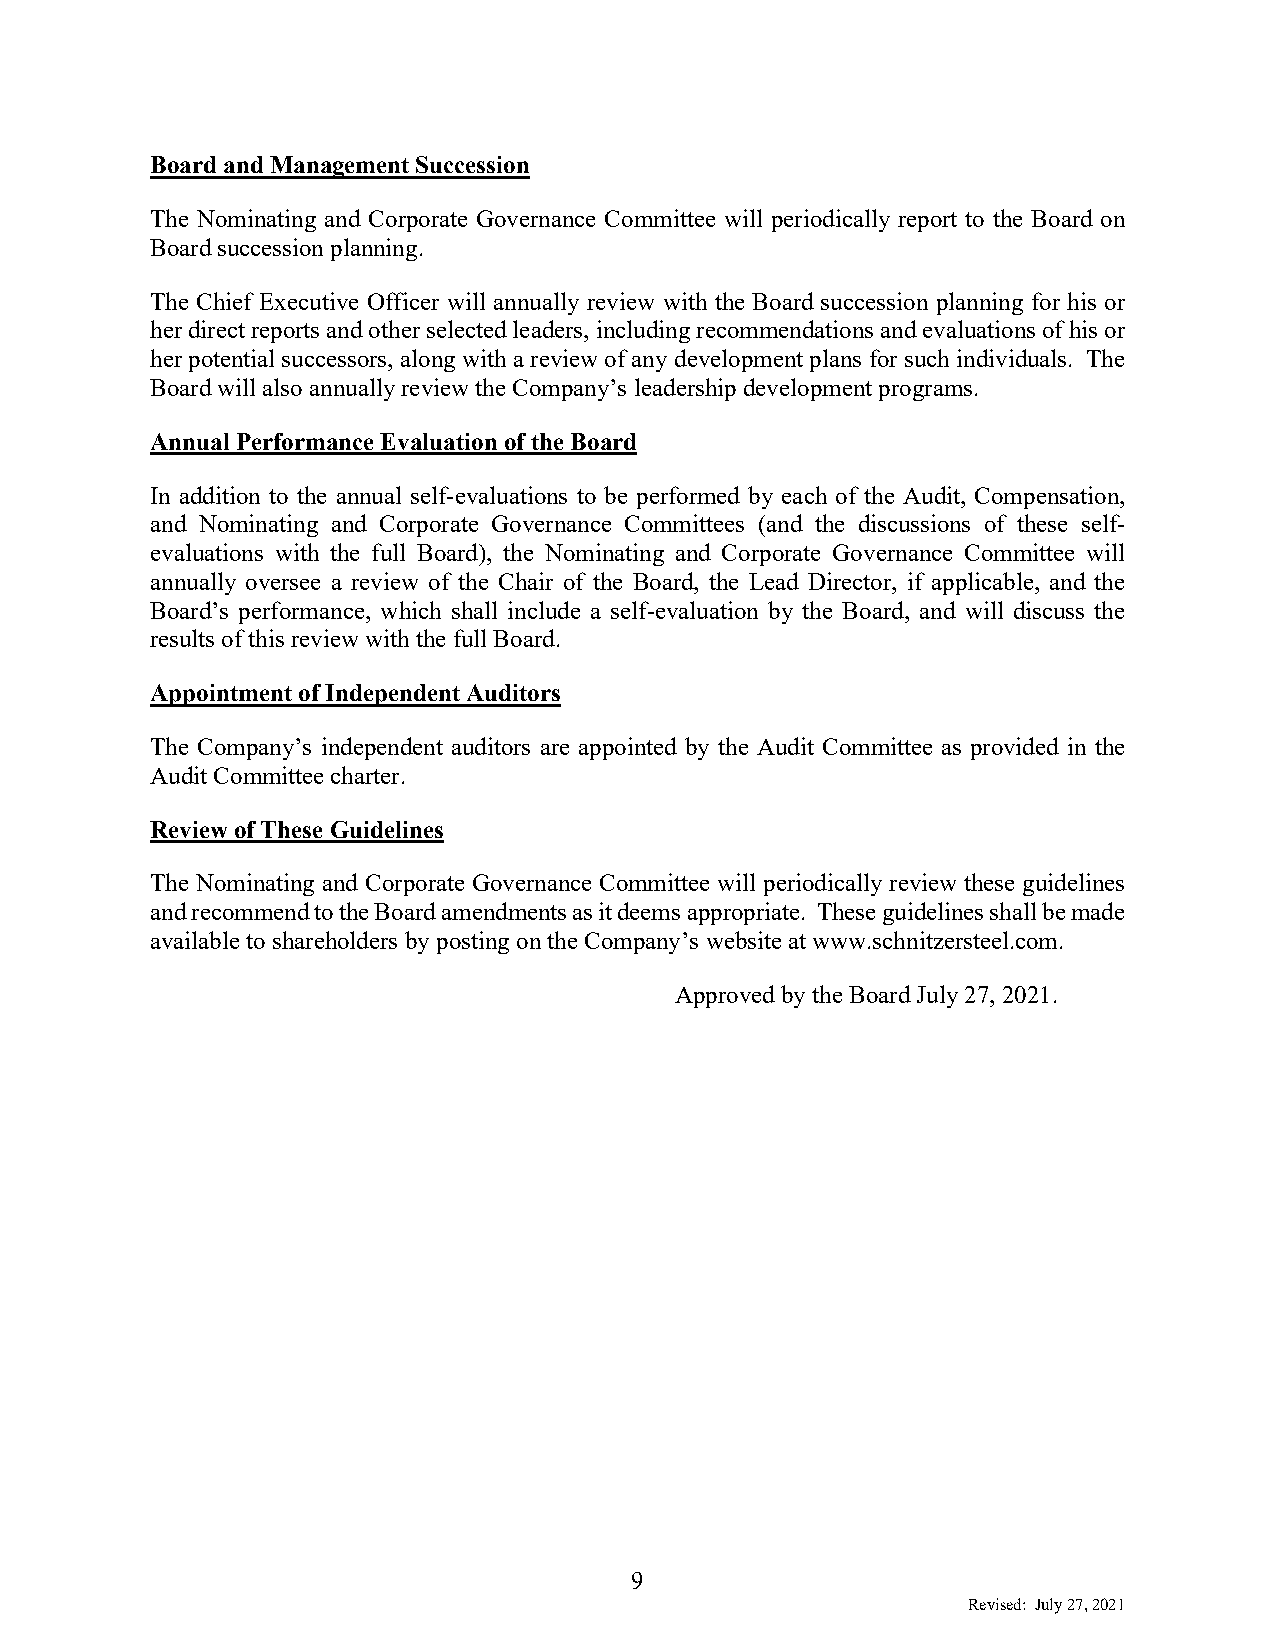
Board and Management Succession
 The Nominating and Corporate Governance Committee will periodically report to the Board on
 Board succession planning.
 The Chief Executive Officer will annually review with the Board succession planning for his or
 her direct reports and other selected leaders, including recommendations and evaluations of his or
 her potential successors, along with a review of any development plans for such individuals. The
 Board will also annually review the Company’s leadership development programs.
 Annual Performance Evaluation of the Board
 In addition to the annual self-evaluations to be performed by each of the Audit, Compensation,
 and Nominating and Corporate Governance Committees (and the discussions of these self-
 evaluations with the full Board), the Nominating and Corporate Governance Committee will
 annually oversee a review of the Chair of the Board, the Lead Director, if applicable, and the
 Board’s performance, which shall include a self-evaluation by the Board, and will discuss the
 results of this review with the full Board.
 Appointment of Independent Auditors
 The Company’s independent auditors are appointed by the Audit Committee as provided in the
 Audit Committee charter.
 Review of These Guidelines
 The Nominating and Corporate Governance Committee will periodically review these guidelines
 and recommend to the Board amendments as it deems appropriate. These guidelines shall be made
 available to shareholders by posting on the Company’s website at www.schnitzersteel.com.
 Approved by the Board July 27, 2021.
 9
 Revised: July 27, 2021